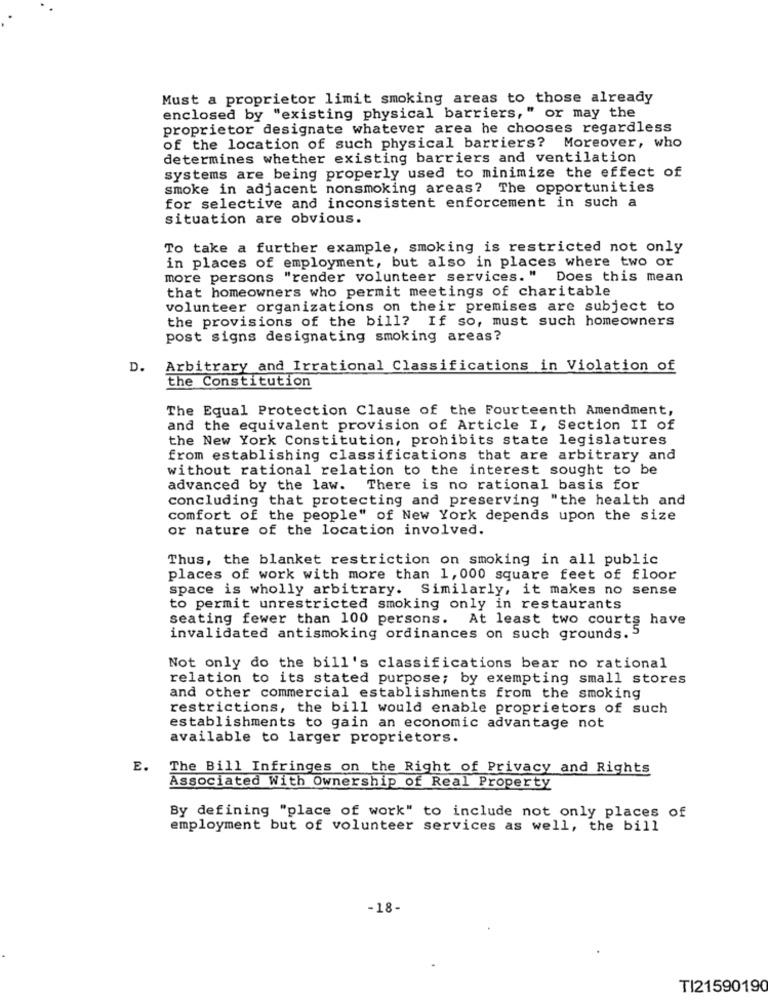
Must a proprietor limit smoking areas to those already
enclosed by "existing physical barriers," or may the
proprietor designate whatever area he chooses regardless
of the location of such physical barriers? Moreover, who
determines whether existing barriers and ventilation
systems are being properly used to minimize the effect of
smoke in adjacent nonsmoking areas? The opportunities
for selective and inconsistent enforcement in such a
situation are obvious.
To take a further example, smoking is restricted not only
in places of employment, but also in places where two or
more persons "render volunteer services." Does this mean
that homeowners who permit meetings of charitable
volunteer organizations on their premises are subject to
the provisions of the bill? If so, must such homeowners
post signs designating smoking areas?
D.
Arbitrary and Irrational Classifications in Violation of
the Constitution
The Equal Protection Clause of the Fourteenth Amendment,
and the equivalent provision of Article I, Section II of
the New York Constitution, prohibits state legislatures
from establishing classifications that are arbitrary and
without rational relation to the interest sought to be
advanced by the law. There is no rational basis for
concluding that protecting and preserving "the health and
comfort of the people" of New York depends upon the size
or nature of the location involved.
Thus, the blanket restriction on smoking in all public
places of work with more than 1,000 square feet of floor
space is wholly arbitrary. Similarly, it makes no sense
to permit unrestricted smoking only in restaurants
seating fewer than 100 persons. At least two courts have
invalidated antismoking ordinances on such grounds. 5
Not only do the bill's classifications bear no rational
relation to its stated purpose; by exempting small stores
and other commercial establishments from the smoking
restrictions, the bill would enable proprietors of such
establishments to gain an economic advantage not
available to larger proprietors.
E.
The Bill Infringes on the Right of Privacy and Rights
Associated With Ownership of Real Property
By defining "place of work" to include not only places of
employment but of volunteer services as well, the bill
-18.
TI21590190